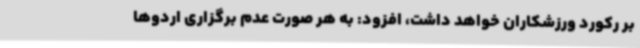
بر رکورد ورزشکاران خواهد داشت، افزود: به هر صورت عدم برگزاری اردوها